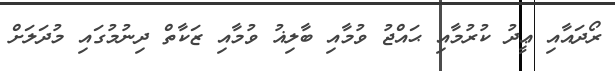
ރޯދައާއި ޢީދު ކުރުމާއި ޙައްޖު ވުމާއި ބާލިޣު ވުމާއި ޒަކާތް ދިނުމުގައި މުދަލަށް